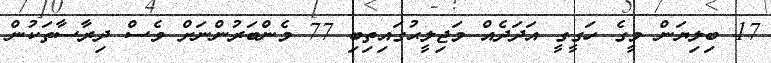
17 ބިލިޔަން މީގެ ހަގީގީ އަދަދެއް މަޖިލީޙުގައިތިބި 77 މެންބަރުންނަށް ވެސް ދިރާސާތަކުން